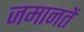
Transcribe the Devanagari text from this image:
जमानतें